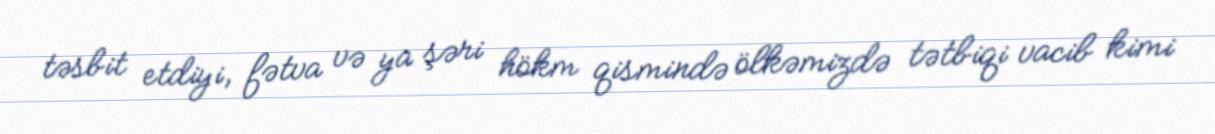
təsbit etdiyi, fətva və ya şəri hökm qismində ölkəmizdə tətbiqi vacib kimi